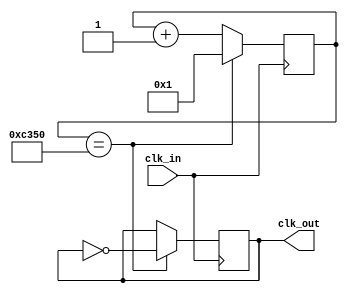
module clock_divider(input clk_in, output clk_out);

    parameter
      counter_lim = 50000;

    reg [31:0] counter = 1;
    reg temp_clk = 0;
    always @ (posedge(clk_in)) begin
        if (counter == counter_lim) begin //1 / (2n)
            counter <= 1;
            temp_clk <= ~temp_clk;
        end else begin
            counter <= counter + 1;
        end
    end
    assign clk_out = temp_clk;
endmodule